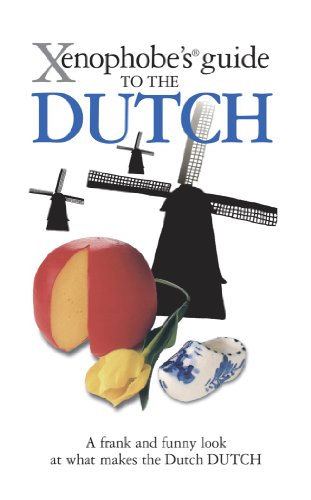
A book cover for Xenophobe's Guide to the Dutch; Rodney Bolt; Travel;